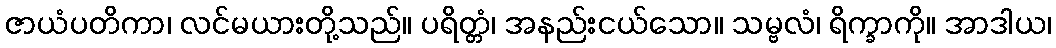
ဇာယံပတိကာ၊ လင်မယားတို့သည်။ ပရိတ္တံ၊ အနည်းငယ်သော။ သမ္ဗလံ၊ ရိက္ခာကို။ အာဒါယ၊